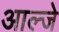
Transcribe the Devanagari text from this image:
आल्जे